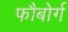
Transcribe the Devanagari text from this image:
फौबोर्ग